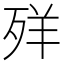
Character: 𦍙